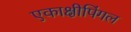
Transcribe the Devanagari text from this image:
एकाक्षीपिंगल